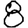
Digit: 8